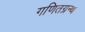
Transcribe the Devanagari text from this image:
गणितग्रन्थ